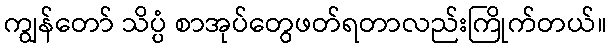
ကျွန်တော် သိပ္ပံ စာအုပ်တွေဖတ်ရတာလည်းကြိုက်တယ်။